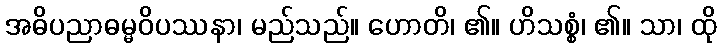
အဓိပညာဓမ္မဝိပဿနာ၊ မည်သည်။ ဟောတိ၊ ၏။ ဟိသစ္စံ၊ ၏။ သာ၊ ထို